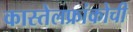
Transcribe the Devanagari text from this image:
कास्तेलफ्रांकोची